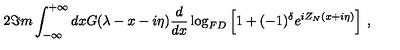
2 \Im m \int _ { - \infty } ^ { + \infty } d x G ( \lambda - x - i \eta ) \frac { d } { d x } \log _ { F D } \left[ 1 + ( - 1 ) ^ { \delta } e ^ { i Z _ { N } ( x + i \eta ) } \right] \: ,